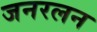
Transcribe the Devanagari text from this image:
जनरलन